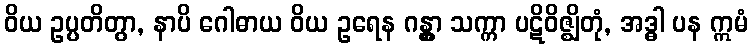
ဝိယ ဥပ္ပတိတွာ, နာပိ ဂေါဓာယ ဝိယ ဥရေန ဂန္တွာ သက္ကာ ပဋိဝိဇ္ဈိတုံ, အဒ္ဓါ ပန ဣမံ